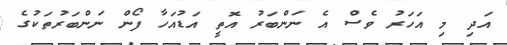
އަދި މި އަހަރު ވެސް އެ ނަންބަރު އޮތީ އަޑުއަހާ ފޯން ނަންބަރުތަކުގެ